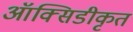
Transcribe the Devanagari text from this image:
ऑक्सिडीकृत